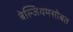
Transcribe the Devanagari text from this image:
बेल्जियमसोबत